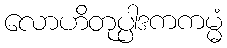
လောဟိတုပ္ပါဒကကမ္မံ